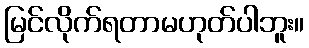
မြင်လိုက်ရတာမဟုတ်ပါဘူး။